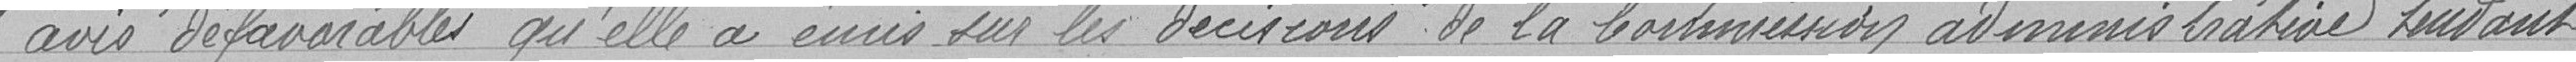
" avis défavorables qu'elle a écris sur les décisions de la commission administrative fondant